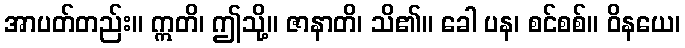
အာပတ်တည်း။ ဣတိ၊ ဤသို့။ ဇာနာတိ၊ သိ၏။ ခေါ ပန၊ စင်စစ်။ ဝိနယေ၊